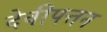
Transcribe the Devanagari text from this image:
देवीपत्तन